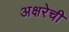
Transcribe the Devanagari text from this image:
अक्षरेची